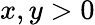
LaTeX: x,y>0